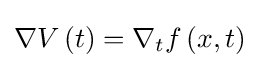
\nabla V\left(t\right)=\nabla _{t}f\left(x,t\right)